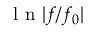
\mathrm { ~ l ~ n ~ } | f / f _ { 0 } |